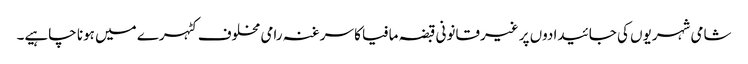
شامی شہریوں کی جائیدادوں پر غیرقانونی قبضہ مافیا کا سرغنہ رامی مخلوف کٹہرے میں ہونا چاہیے۔